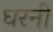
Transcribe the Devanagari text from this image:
घरनी